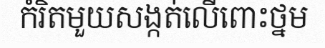
កំរិតមួយសង្កត់លើពោះថ្នម